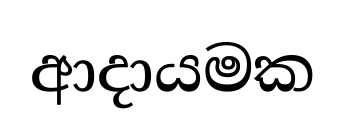
ආදායමක